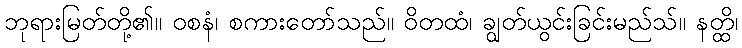
ဘုရားမြတ်တို့၏။ ဝစနံ၊ စကားတော်သည်။ ဝိတထံ၊ ချွတ်ယွင်းခြင်းမည်သ်။ နတ္ထိ၊